Statistics compiled by the Government of India from the reports of provincial Civil Veterinary Departments
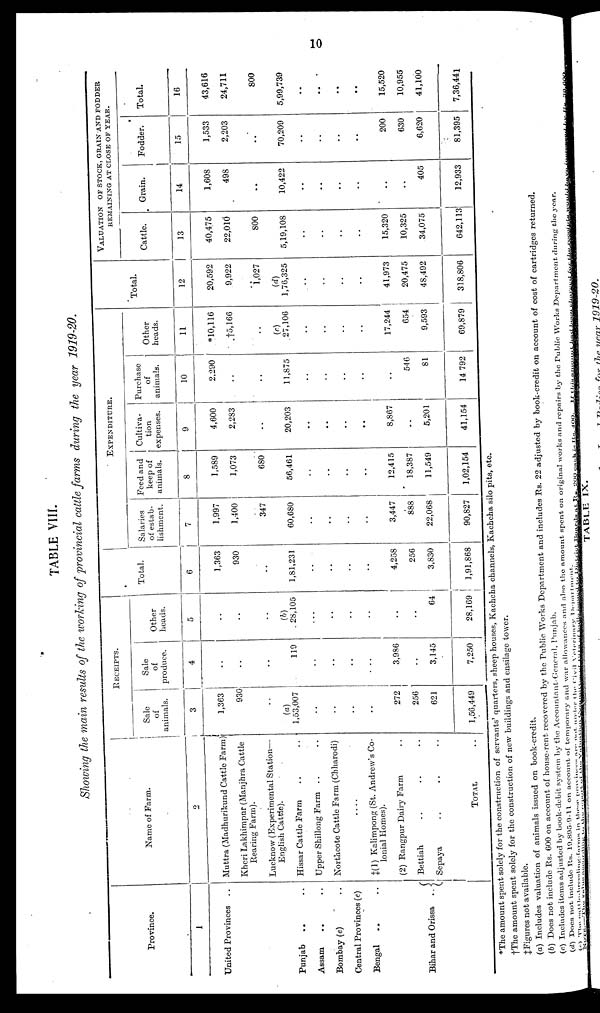
10
TABLE VIII.
Showing the main results of the working of provincial cattle farms during the year 1919-20.
Province.
1
United Provinces ..
Punjab .. ..
Assam .. ..
Bombay (e) ..
Central Provinces (e)
Bengal .. ..
Bihar and Orissa
..
Name of Farm.
2
Muttra (Madhurikund Cattle Farm
Kheri Lakhimpur (Manjhra Cattle
Rearing Farm).
Lucknow (Experimental Station—
English Cattle).
Hissar Cattle Farm .. ..
Upper Shillong Farm .. ..
Northcote Cattle Farm (Chharodi)
....
‡(1) Kalimpong (St. Andrew's Co-
lonial Homes).
(2) Rangpur Dairy Farm ..
Bettiah .. .. ..
Sepaya .. .. ..
TOTAL ..
RECEIPTS.
Sale
of
animals.
3
1,363
930
..
(a)
1,53,007
..
..
..
..
272
256
621
1,56,449
Sale
of
produce.
4
..
..
..
119
..
..
..
..
3,986
..
3,145
7,250
Other
heads.
5
..
..
..
(b)
28,105
...
..
..
..
..
..
64
28,169
Total.
6
1,363
930
..
1,81,231
..
..
..
..
4,258
256
3,830
1,91,868
EXPENDITURE.
Salaries
of estab-
lishment.
7
1,997
1,400
347
60,680
..
..
..
..
3,447
888
22,068
90,827
Feed and
keep of
animals.
8
1,589
1,073
680
56,461
..
..
..
..
12,415
18,387
11,549
1,02,154
Cultiva-
tion
expenses.
9
4,600
2,283
..
20,203
..
..
..
..
8,867
..
5,201
41,154
Purchase
of
animals.
10
2,290
..
..
11,875
..
..
..
..
..
546
81
14,792
Other
heads.
11
*10,116
†5,166
..
(c)
27,106
..
..
..
..
17,244
654
9,593
69,879
Total.
12
20,592
9,922
1,027
(d)
1,76,325
..
..
..
..
41,973
20,475
48,492
318,806
VALUATION
OF
STOCK, GRAIN AND FODDER
REMAINING AT CLOSE OF YEAR.
Cattle.
13
40,475
22,010
800
5,19,108
..
..
..
..
15,320
10,325
34,075
642,113
Grain.
14
1,608
498
..
10,422
..
..
..
..
..
..
405
12,933
Fodder.
15
1,533
2,203
..
70,209
..
..
..
..
200
630
6,620
81,395
Total.
16
43,616
24,711
800
5,99,739
..
..
..
..
15,520
10,955
41,100
7,36,441
*The amount spent solely for the construction of servants' quarters, sheep houses, Kachcha channels, Kachcha silo pits, etc.
†The amount spent solely for the construction of new buildings and ensilage tower.
‡Figures not available.
(a) Includes valuation of animals issued on book-credit.
(b) Does not include Rs. 600 on account of house-rent recovered by the Public Works Department and includes Rs. 22 adjusted by book-credit on account of cost of cartridges returned.
(c) Includes items adjusted by book-debit system by the Accountant-General, Punjab.
(d) Does not include Rs. 19,895-9-11 on account of temporary and war allowances and also the amount spent on original works and repairs by the Public Works Department during the year.
(e)
The
cattle-breeding-farms
in
these
provinces
are
not under the Civil
Veterinary
Department.